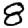
Digit: 8